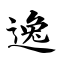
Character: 逸